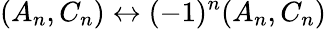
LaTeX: (A_{n},C_{n})\leftrightarrow(-1)^{n}(A_{n},C_{n})